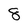
Character: 8